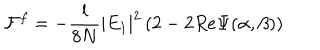
{ \cal F } ^ { f } = - \frac { l } { 8 N } | E _ { 1 } | ^ { 2 } \left( 2 - 2 R e \Psi ( \alpha , \beta ) \right)